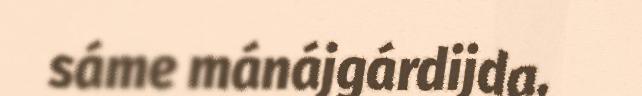
sáme mánájgárdijda,